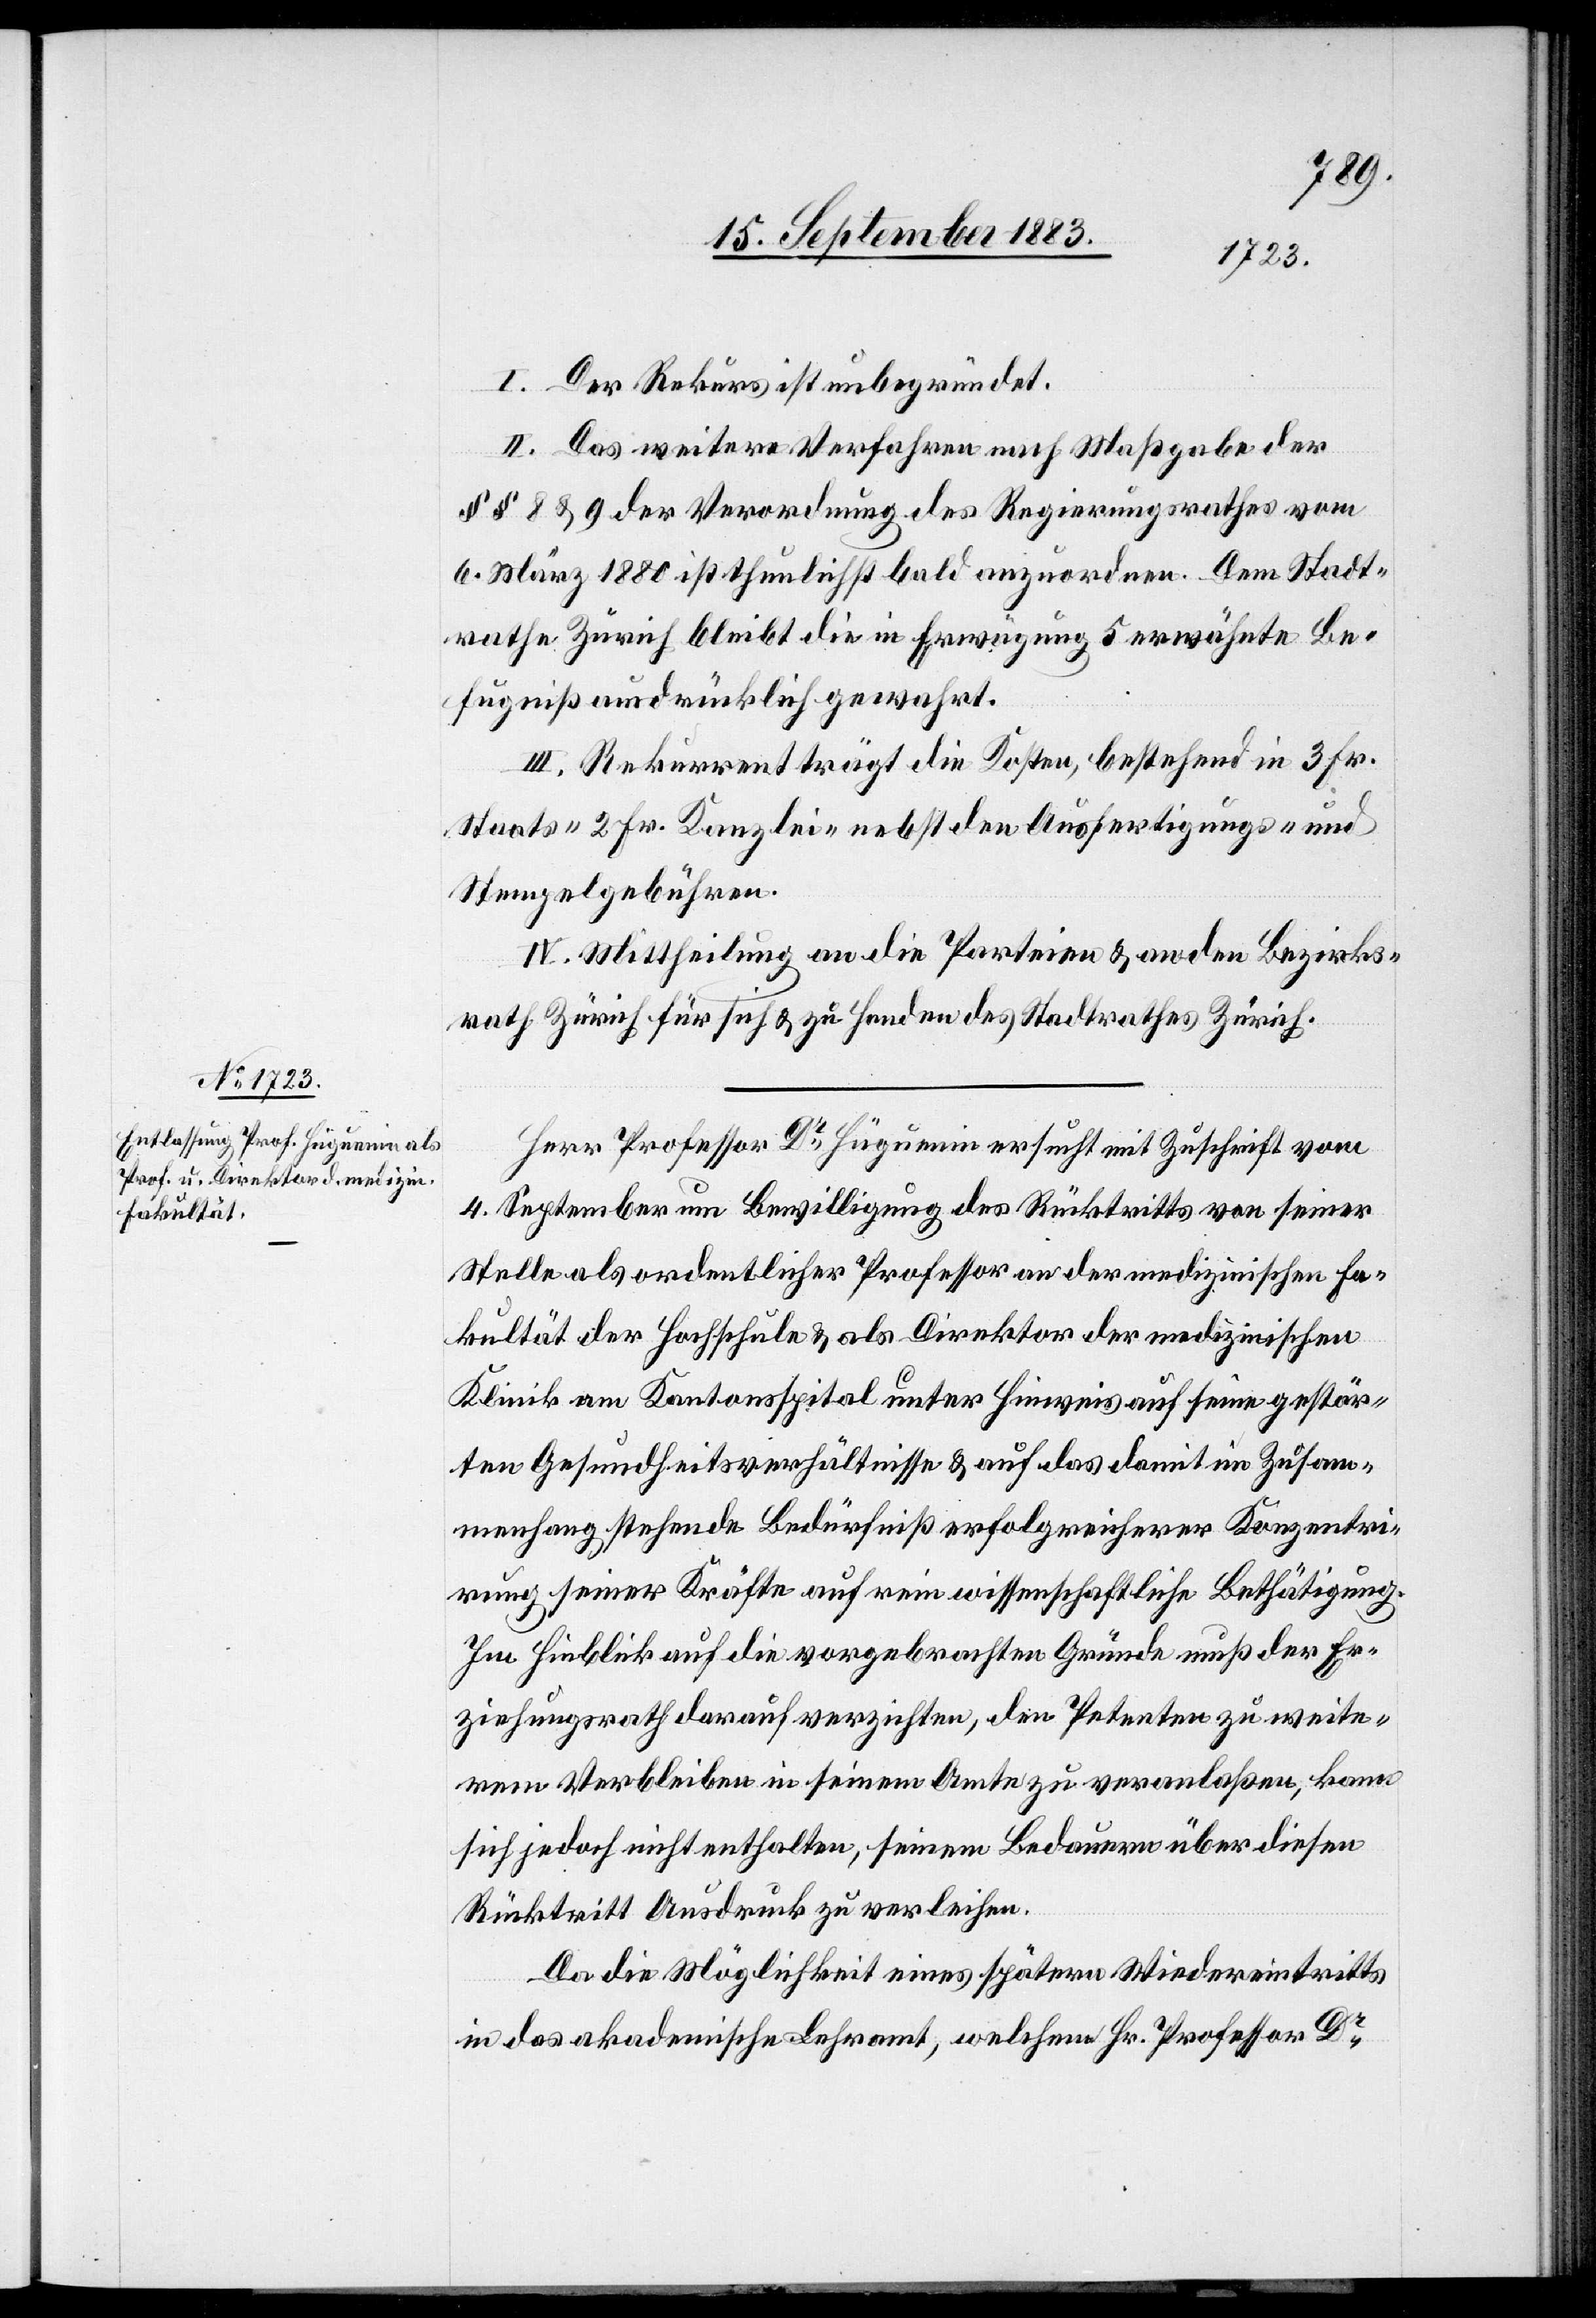
I. Der Rekurs ist unbegründet.
II. Das weitere Verfahren nach Maßgabe der
§§ 8 & 9 der Verordnung des Regierungsrathes vom
6. März 1880 ist thunlichst bald anzuordnen. Dem Stadt¬
rathe Zürich bleibt die in Erwägung 5 erwähnte Be¬
fugniß ausdrücklich gewahrt.
III. Rekurrent trägt die Kosten, bestehend in 3 Fr.
Staats-[,] 2 Fr. Kanzlei- nebst den Ausfertigungs- und
Stempelgebühren.
IV. Mittheilung an die Parteien & an den Bezirks¬
rath Zürich für sich & zu Handen des Stadtrathes Zürich.
Herr Professor Dr Hüguenin ersucht mit Zuschrift vom
4. September um Bewilligung des Rücktrittes von seiner
Stelle als ordentlicher Professor an der medizinischen Fa¬
kultät der Hochschule & als Direktor der medizinischen
Klinik am Kantonsspital unter Hinweis auf seine gestör¬
ten Gesundheitsverhältnisse & auf das damit im Zusam¬
menhang stehende Bedürfniß erfolgreicherer Konzentri¬
rung seiner Kräfte auf rein wissenschaftliche Bethätigung.
Im Hinblick auf die vorgebrachten Gründe muß der Er¬
ziehungsrath darauf verzichten, den Petenten zu weite¬
rem Verbleiben in seinem Amte zu veranlaßen, kann
sich jedoch nicht enthalten, seinem Bedauern über diesen
Rücktritt Ausdruck zu verleihen.
Da die Möglichkeit eines spätern Wiedereintritts
in das akademische Lehramt, welchem Hr. Professor Dr